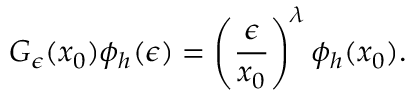
G _ { \epsilon } ( x _ { 0 } ) \phi _ { h } ( \epsilon ) = \left( { \frac { \epsilon } { x _ { 0 } } } \right) ^ { \lambda } \phi _ { h } ( x _ { 0 } ) .